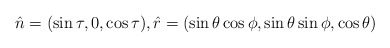
\begin{align*}\hat{n}=(\sin\tau,0,\cos\tau), \hat{r}=(\sin\theta\cos\phi ,\sin\theta\sin\phi,\cos\theta)\end{align*}